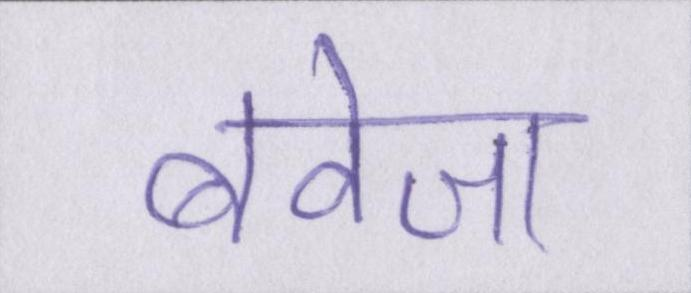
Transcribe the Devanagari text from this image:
बवेजा